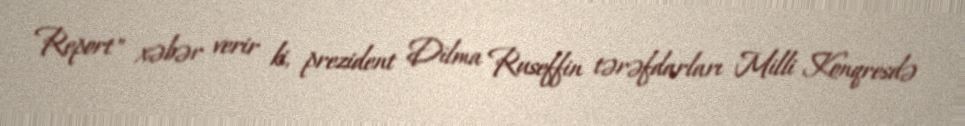
Report" xəbər verir ki, prezident Dilma Ruseffin tərəfdarları Milli Konqresdə